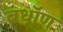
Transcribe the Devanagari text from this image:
बधॉण